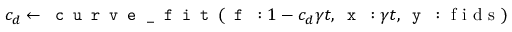
c _ { d } \gets \texttt { c u r v e \_ f i t } ( \texttt { f } : 1 - c _ { d } \gamma t , \texttt { x } : \gamma t , \texttt { y } : \textrm { f i d s } )